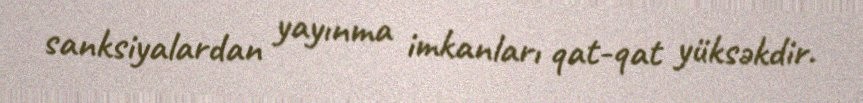
sanksiyalardan yayınma imkanları qat-qat yüksəkdir.